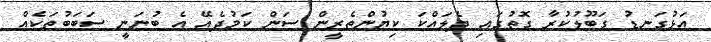
އަޅުގަނޑު ގަބޫލުކުރާ ގޮތުގައި ދެލައްކަ ކިޔުންތެރީން ސަން ކަމުދެއޭ އެ ބުނަނީ ސަބަބުތަކެއް